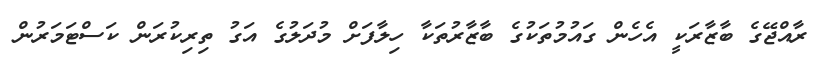
ރާއްޖޭގެ ބާޒާރަކީ އެހެން ގައުމުތަކުގެ ބާޒާރުތަކާ ހިލާފަށް މުދަލުގެ އަގު ތިރިކުރަން ކަސްޓަމަރުން